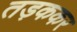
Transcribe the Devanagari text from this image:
तड़ककर